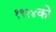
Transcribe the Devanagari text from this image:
१९२४को